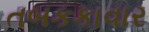
તબકકાવાર